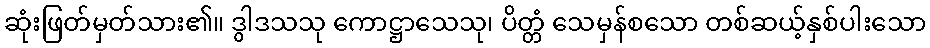
ဆုံးဖြတ်မှတ်သား၏။ ဒွါဒသသု ကောဋ္ဌာသေသု၊ ပိတ္တံ သေမှန်စသော တစ်ဆယ့်နှစ်ပါးသော